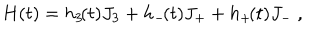
H ( t ) = h _ { 3 } \! ( t ) J _ { 3 } + h _ { - } \! ( t ) J _ { + } + h _ { + } \! ( t ) J _ { - } \ ,